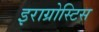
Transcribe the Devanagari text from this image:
इराग्रोस्टिस